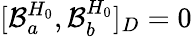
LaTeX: [{\cal B}_{a}^{H_{0}},{\cal B}_{b}^{H_{0}}]_{D}=0